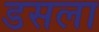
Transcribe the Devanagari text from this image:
डसला